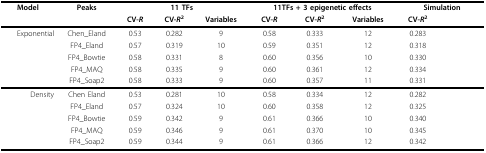
<table><thead><tr><td rowspan="2"><b>Model</b></td><td rowspan="2"><b>Peaks</b></td><td colspan="3"><b>11 TFs</b></td><td colspan="3"><b>11TFs + 3 epigenetic effects</b></td><td colspan="3"><b>Simulation</b></td></tr><tr><td><b>CV-<i>R</i></b></td><td><b>CV-<i>R</i><sup>2</sup></b></td><td><b>Variables</b></td><td><b>CV-<i>R</i></b></td><td><b>CV-<i>R</i><sup>2</sup></b></td><td><b>Variables</b></td><td><b>CV-<i>R</i><sup>2</sup></b></td></tr></thead><tbody><tr><td rowspan="5">Exponential</td><td>Chen_Eland</td><td>0.53</td><td>0.282</td><td>9</td><td>0.58</td><td>0.333</td><td>12</td><td>0.283</td></tr><tr><td>FP4_Eland</td><td>0.57</td><td>0.319</td><td>10</td><td>0.59</td><td>0.351</td><td>12</td><td>0.318</td></tr><tr><td>FP4_Bowtie</td><td>0.58</td><td>0.331</td><td>8</td><td>0.60</td><td>0.356</td><td>10</td><td>0.330</td></tr><tr><td>FP4_MAQ</td><td>0.58</td><td>0.335</td><td>9</td><td>0.60</td><td>0.361</td><td>12</td><td>0.334</td></tr><tr><td>FP4_Soap2</td><td>0.58</td><td>0.333</td><td>9</td><td>0.60</td><td>0.357</td><td>11</td><td>0.331</td></tr><tr><td rowspan="5">Density</td><td>Chen Eland</td><td>0.53</td><td>0.281</td><td>10</td><td>0.58</td><td>0.334</td><td>12</td><td>0.282</td></tr><tr><td>FP4_Eland</td><td>0.57</td><td>0.324</td><td>10</td><td>0.60</td><td>0.358</td><td>12</td><td>0.325</td></tr><tr><td>FP4_Bowtie</td><td>0.59</td><td>0.342</td><td>9</td><td>0.61</td><td>0.366</td><td>10</td><td>0.340</td></tr><tr><td>FP4_MAQ</td><td>0.59</td><td>0.346</td><td>9</td><td>0.61</td><td>0.370</td><td>10</td><td>0.345</td></tr><tr><td>FP4_Soap2</td><td>0.59</td><td>0.344</td><td>9</td><td>0.61</td><td>0.366</td><td>12</td><td>0.342</td></tr></tbody></table>